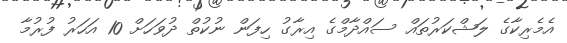
އެމެރިކާގެ ލަޝްކަރުތައް ސައްދާމްގެ އިރާގު ހިފަން ނުކުތް ދުވަހަށް 10 އަހަރު ފުރުމާ